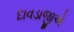
દાવડાજીએ